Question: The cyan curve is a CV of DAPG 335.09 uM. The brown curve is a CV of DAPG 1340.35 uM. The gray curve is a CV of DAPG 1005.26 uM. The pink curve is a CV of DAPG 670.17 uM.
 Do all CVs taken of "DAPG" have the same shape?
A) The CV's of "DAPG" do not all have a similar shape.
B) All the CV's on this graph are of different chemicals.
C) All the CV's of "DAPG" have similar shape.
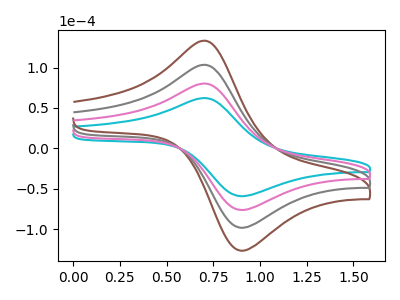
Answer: <think>The cyan curve "DAPG 335.09 uM" has an anodic peak at (0.70V, 62.25uA) and a cathodic peak at (0.90V, -59.20uA). The brown curve "DAPG 1340.35 uM" has an anodic peak at (0.70V, 240.65uA) and a cathodic peak at (0.90V, -228.85uA). The gray curve "DAPG 1005.26 uM" has an anodic peak at (0.70V, 160.45uA) and a cathodic peak at (0.90V, -152.55uA). The pink curve "DAPG 670.17 uM" has an anodic peak at (0.70V, 80.20uA) and a cathodic peak at (0.90V, -76.30uA).
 All the peaks in "DAPG 335.09 uM" have a peak in "DAPG 1340.35 uM" at the same potential. Every peak in "DAPG 335.09 uM" is lower than every peak in "DAPG 1340.35 uM". All the peaks in "DAPG 335.09 uM" have a peak in "DAPG 1005.26 uM" at the same potential. Every peak in "DAPG 335.09 uM" is lower than every peak in "DAPG 1005.26 uM". All the peaks in "DAPG 335.09 uM" have a peak in "DAPG 670.17 uM" at the same potential. Every peak in "DAPG 335.09 uM" is lower than every peak in "DAPG 670.17 uM". All the peaks in "DAPG 1340.35 uM" have a peak in "DAPG 1005.26 uM" at the same potential. Every peak in "DAPG 1340.35 uM" is higher than every peak in "DAPG 1005.26 uM". All the peaks in "DAPG 1340.35 uM" have a peak in "DAPG 670.17 uM" at the same potential. Every peak in "DAPG 1340.35 uM" is higher than every peak in "DAPG 670.17 uM". All the peaks in "DAPG 1005.26 uM" have a peak in "DAPG 670.17 uM" at the same potential. Every peak in "DAPG 1005.26 uM" is higher than every peak in "DAPG 670.17 uM".</think>
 <answer>C) All the CV's of "DAPG" have similar shape.</answer>
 <eval>C</eval>